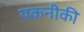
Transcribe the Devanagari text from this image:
यकनीकी